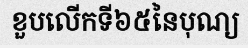
ខួបលើកទី៦៥នៃបុណ្យ